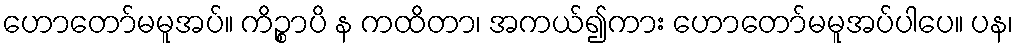
ဟောတော်မမူအပ်။ ကိဉ္စာပိ န ကထိတာ၊ အကယ်၍ကား ဟောတော်မမူအပ်ပါပေ။ ပန၊